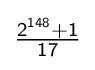
{\mathsf {\tfrac {2^{148}+1}{17}}}